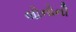
લોનોની